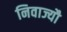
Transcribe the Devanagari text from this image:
निवाज्यौ